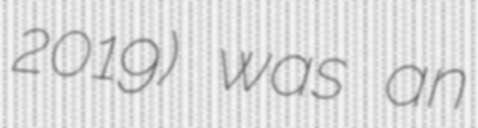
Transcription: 2019) was an